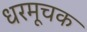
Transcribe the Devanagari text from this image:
धरमूचक